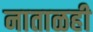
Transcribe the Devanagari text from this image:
नाताळही